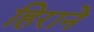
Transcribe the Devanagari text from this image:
हिराने